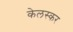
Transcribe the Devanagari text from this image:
केलस्कर